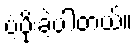
ပံ့ပိုးခဲ့ပါတယ်။